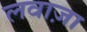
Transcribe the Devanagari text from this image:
लवाज़ा